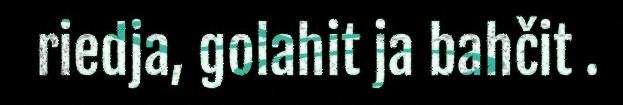
riedja, golahit ja bahčit .